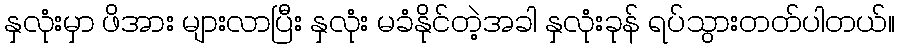
နှလုံးမှာ ဖိအား များလာပြီး နှလုံး မခံနိုင်တဲ့အခါ နှလုံးခုန် ရပ်သွားတတ်ပါတယ်။